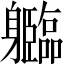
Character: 𲄱